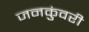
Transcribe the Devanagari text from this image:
जनकुंवरी